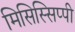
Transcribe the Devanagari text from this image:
मिसिस्सिप्पी